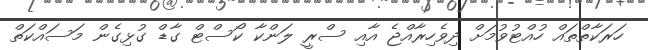
ހަރަކާތްތައް ހުއްޓުވުމަށް ދިވެހިރާއްޖެ އާއި ސްރީ ލަންކާ ކޯސްޓް ގާޑް ގުޅިގެން މަސައްކަތް